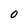
Character: 0